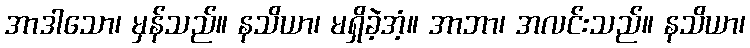
အာဒါသော၊ မှန်သည်။ နသိယာ၊ မရှိခဲ့အံ့။ အာဘာ၊ အလင်းသည်။ နသိယာ၊